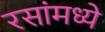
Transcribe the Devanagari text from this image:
रसांमध्ये